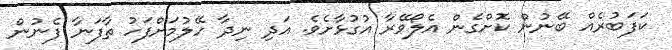
ކަފަބުރެއް ބޭނުން ކޮށްގެން އެލޯވޭރާ އުގުޅާށެވެ. އަދި ނިދާ ހޭލުމަށްފަހު ތާފަނާ ފެނުން